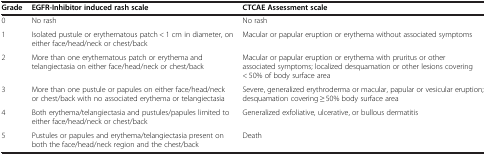
<table><thead><tr><td><b>Grade</b></td><td><b>EGFR-Inhibitor induced rash scale</b></td><td><b>CTCAE Assessment scale</b></td></tr></thead><tbody><tr><td>0</td><td>No rash</td><td>No rash</td></tr><tr><td>1</td><td>Isolated pustule or erythematous patch &lt; 1 cm in diameter, on either face/head/neck or chest/back</td><td>Macular or papular eruption or erythema without associated symptoms</td></tr><tr><td>2</td><td>More than one erythematous patch or erythema and telangiectasia on either face/head/neck or chest/back</td><td>Macular or papular eruption or erythema with pruritus or other associated symptoms; localized desquamation or other lesions covering &lt; 50% of body surface area</td></tr><tr><td>3</td><td>More than one pustule or papules on either face/head/neck or chest/back with no associated erythema or telangiectasia</td><td>Severe, generalized erythroderma or macular, papular or vesicular eruption; desquamation covering ≥ 50% body surface area</td></tr><tr><td>4</td><td>Both erythema/telangiectasia and pustules/papules limited to either face/head/neck or chest/back</td><td>Generalized exfoliative, ulcerative, or bullous dermatitis</td></tr><tr><td>5</td><td>Pustules or papules and erythema/telangiectasia present on both the face/head/neck region and the chest/back</td><td>Death</td></tr></tbody></table>